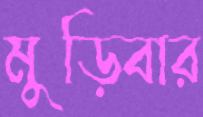
মুড়িবার